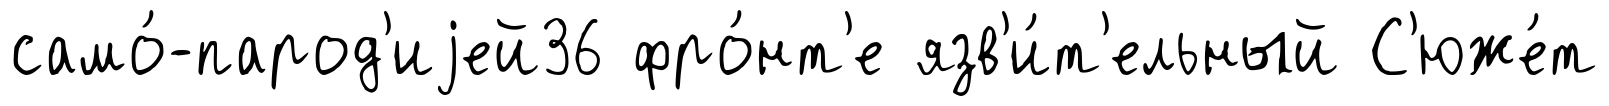
само́-парод'иjей36 фро́нт'е язв'и́т'ельный С'юже́т